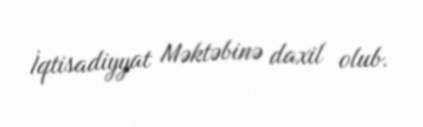
İqtisadiyyat Məktəbinə daxil olub.